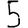
Digit: 5